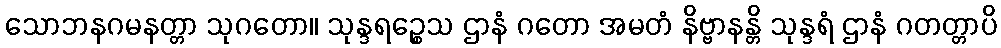
သောဘနဂမနတ္တာ သုဂတော။ သုန္ဒရဉ္စေသ ဌာနံ ဂတော အမတံ နိဗ္ဗာနန္တိ သုန္ဒရံ ဌာနံ ဂတတ္တာပိ